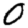
Digit: 0